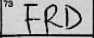
Transcription: FRD